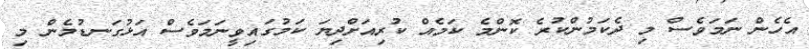
އެހެން ނަމަވެސް މި ދެކަމުންކުރެ ކޮންމެ ކަމެއް ކުރިއަށްދިޔަ ކަމުގައިވީނަމަވެސް އަޅުގަނޑުމެން މި